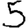
Digit: 5